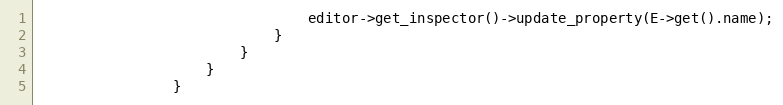
Language: C++
								editor->get_inspector()->update_property(E->get().name);
							}
						}
					}
				}